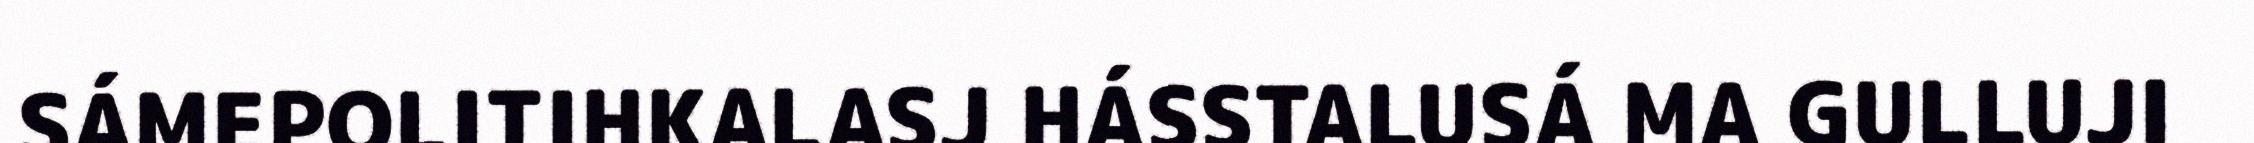
SÁMEPOLITIHKALASJ HÁSSTALUSÁ MA GULLUJI